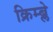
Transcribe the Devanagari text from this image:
क्रिम्ब्ले